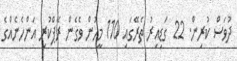
ދުވަސް ކުރިން. 22 ގަޑިއިރު ތެރޭގައި 110 މީހުން ވެގެން ރޭޕްކުރި އަންހެނެއްގެ